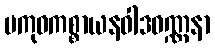
ပကုဓကစ္စာယနဝါဒဝဏ္ဏနာ